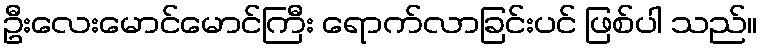
ဦးလေးမောင်မောင်ကြီး ရောက်လာခြင်းပင် ဖြစ်ပါ သည်။